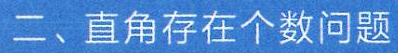
二、直角存在个数问题